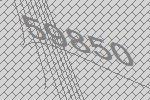
59850